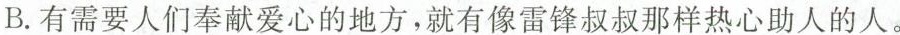
B.有需要人们奉献爱心的地方，就有像雷锋叔叔那样热心助人的人。